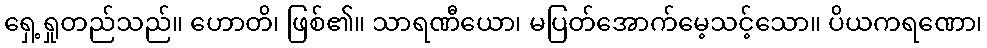
ရှေ့ရှုတည်သည်။ ဟောတိ၊ ဖြစ်၏။ သာရဏီယော၊ မပြတ်အောက်မေ့သင့်သော။ ပိယကရဏော၊